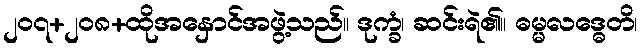
၂၀၇+၂၀၈+ထိုအနှောင်အဖွဲ့သည်။ ဒုက္ခံ၊ ဆင်းရဲ၏။ ဓမ္မလဒ္ဓေတိ၊